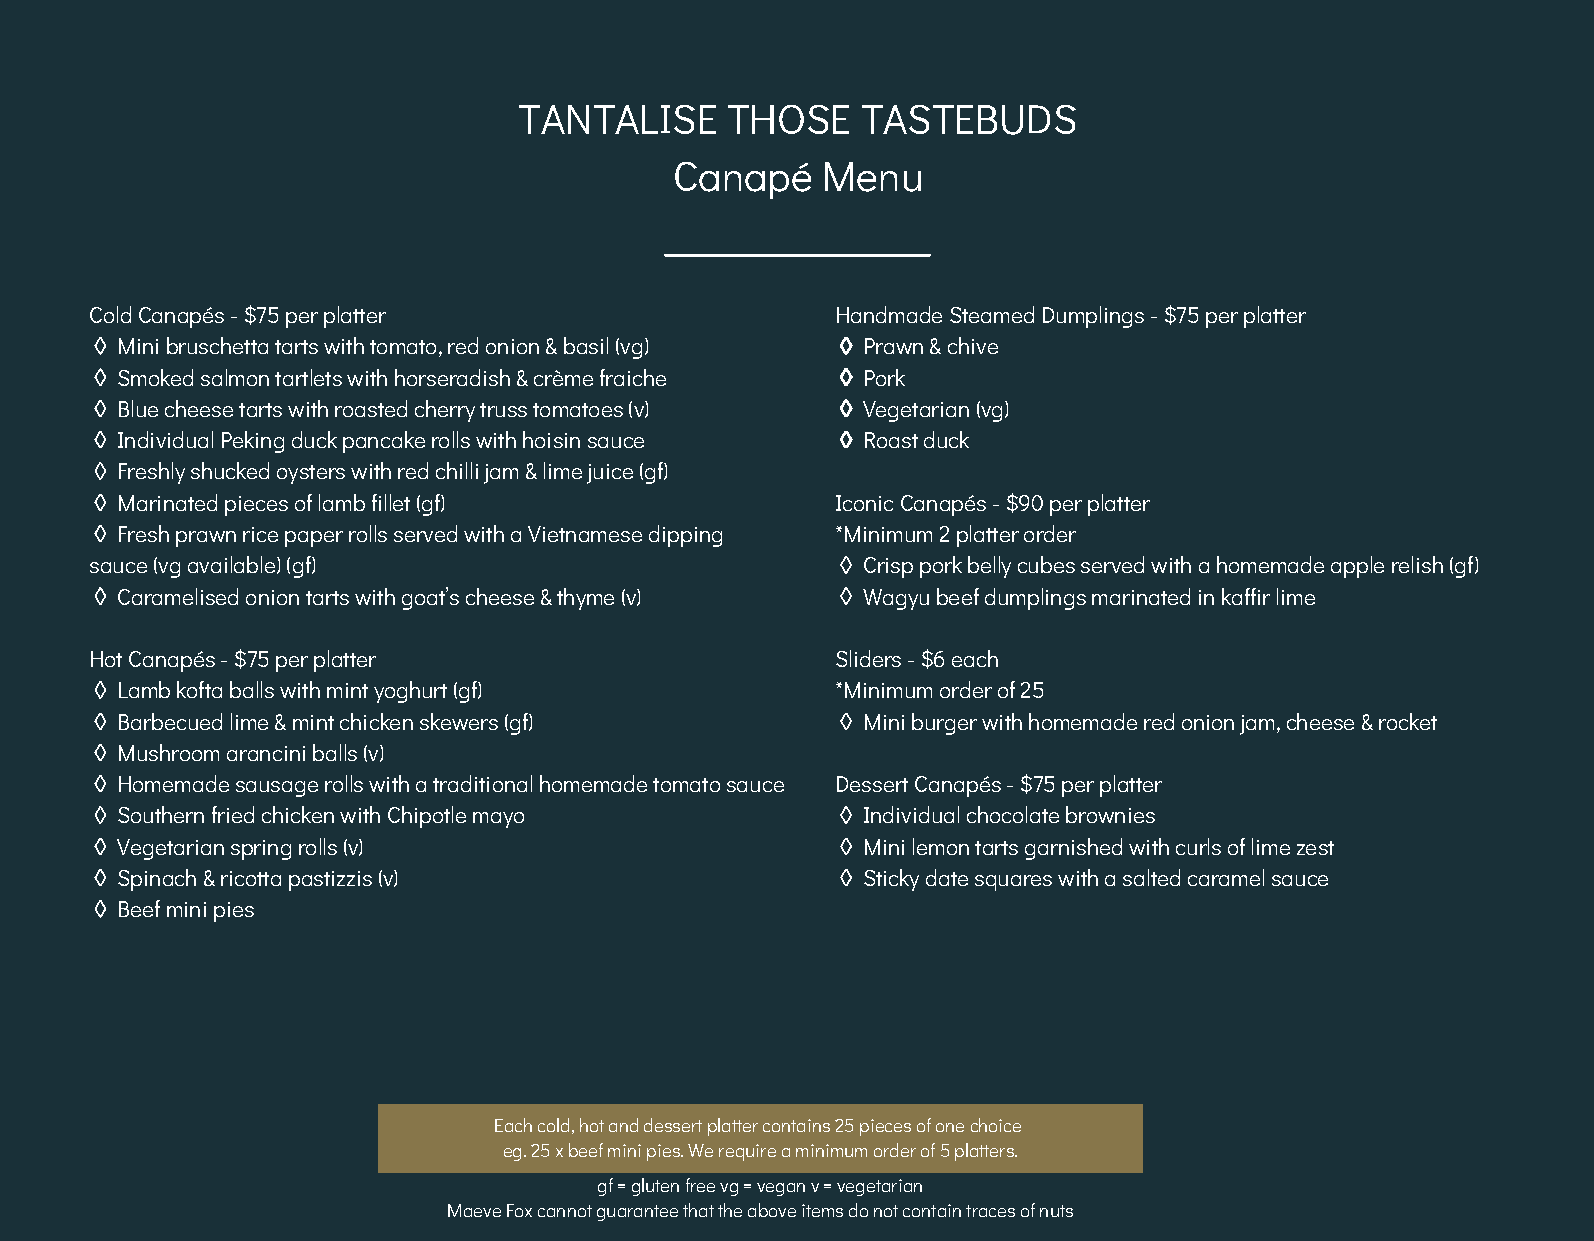
TANTALISE     THOSE    TASTEBUDS
 Canapé   Menu
 Cold Canapés - $75 per platter                   Handmade Steamed Dumplings - $75 per platter
 ◊ Mini bruschetta tarts with tomato, red onion & basil (vg) ◊ Prawn & chive
 ◊ Smoked salmon tartlets with horseradish & crème fraiche ◊ Pork
 ◊ Blue cheese tarts with roasted cherry truss tomatoes (v) ◊ Vegetarian (vg)
 ◊ Individual Peking duck pancake rolls with hoisin sauce ◊ Roast duck
 ◊ Freshly shucked oysters with red chilli jam & lime juice (gf)
 ◊ Marinated pieces of lamb fillet (gf)           Iconic Canapés - $90 per platter
 ◊ Fresh prawn rice paper rolls served with a Vietnamese dipping *Minimum 2 platter order
 sauce (vg available) (gf)                        ◊ Crisp pork belly cubes served with a homemade apple relish (gf)
 ◊ Caramelised onion tarts with goat’s cheese & thyme (v) ◊ Wagyu beef dumplings marinated in kaffir lime
 Hot Canapés - $75 per platter                    Sliders - $6 each
 ◊ Lamb kofta balls with mint yoghurt (gf)        *Minimum order of 25
 ◊ Barbecued lime & mint chicken skewers (gf)     ◊ Mini burger with homemade red onion jam, cheese & rocket
 ◊ Mushroom arancini balls (v)
 ◊ Homemade sausage rolls with a traditional homemade tomato sauce Dessert Canapés - $75 per platter
 ◊ Southern fried chicken with Chipotle mayo      ◊ Individual chocolate brownies
 ◊ Vegetarian spring rolls (v)                    ◊ Mini lemon tarts garnished with curls of lime zest
 ◊ Spinach & ricotta pastizzis (v)                ◊ Sticky date squares with a salted caramel sauce
 ◊ Beef mini pies
 Each cold, hot and dessert platter contains 25 pieces of one choice
 eg. 25 x beef mini pies. We require a minimum order of 5 platters.
 gf = gluten free vg = vegan v = vegetarian
 Maeve Fox cannot guarantee that the above items do not contain traces of nuts